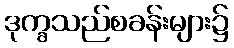
ဒုက္ခသည်စခန်းများ၌